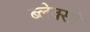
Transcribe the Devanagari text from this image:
ब्लेक्सो